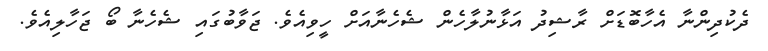
ދެކުދިންނާ އެހާބޮޑަށް ރާޝިދު އަޅާނުލާހެން ޝެހެނާއަށް ހީވިއެވެ. ޖަވާބުގައި ޝެހެނާ ބޯ ޖަހާލިއެވެ.